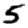
Digit: 5